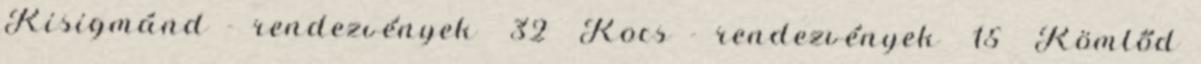
Kisigmánd - rendezvények 32 Kocs - rendezvények 15 Kömlőd